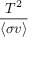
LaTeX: \frac { T ^ { 2 } } { \langle \sigma v \rangle }